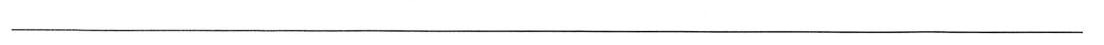
__________________________________________